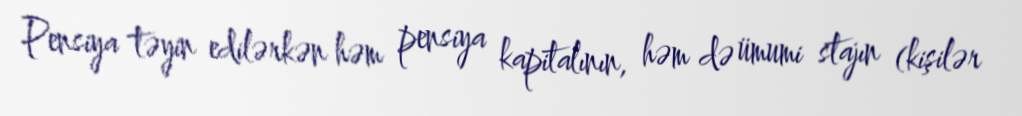
Pensiya təyin edilərkən həm pensiya kapitalının, həm də ümumi stajın (kişilər